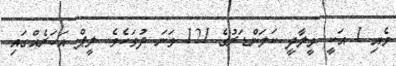
މެއި 1 އަކީ މީލާދީ ކަލަންޑަރުގެ 121 ވަނަ ދުވަހެވެ. ލީޕް އަހަރެއްގައި